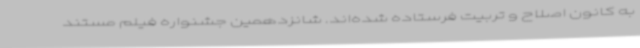
به کانون اصلاح و تربیت فرستاده شده‌اند. شانزدهمین جشنواره فیلم مستند